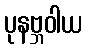
ပုနဗ္ဘဝါယ